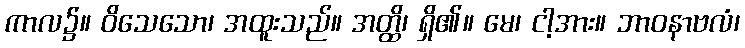
ကာလ၌။ ဝိသေသော၊ အထူးသည်။ အတ္ထိ၊ ရှိ၏။ မေ၊ ငါ့အား။ ဘာဝနာဗလံ၊